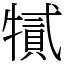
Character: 㹑